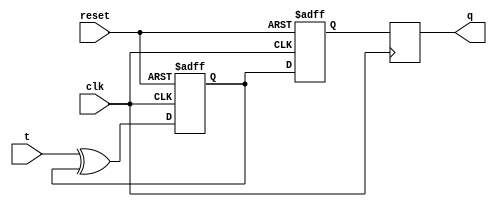
module t_flipflop (
    input wire clk,
    input wire reset,
    input wire t,
    output reg q
);

reg master_q;
reg slave_q;

always @(posedge clk or posedge reset) begin
    if (reset) begin
        master_q <= 1'b0;
        slave_q <= 1'b0;
    end 
    else begin
        master_q <= t ^ master_q;
        slave_q <= master_q;
    end
end

always @(posedge clk) begin
    q <= slave_q;
end

endmodule